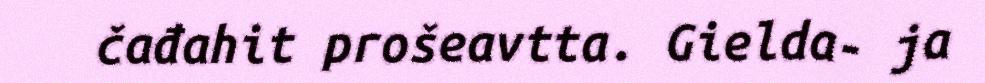
čađahit prošeavtta. Gielda- ja